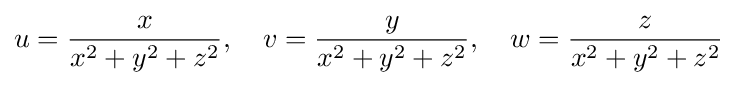
u={\frac {x}{x^{2}+y^{2}+z^{2}}},\quad v={\frac {y}{x^{2}+y^{2}+z^{2}}},\quad w={\frac {z}{x^{2}+y^{2}+z^{2}}}